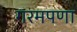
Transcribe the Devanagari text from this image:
गरमपणा